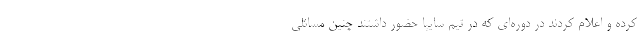
کرده و اعلام کردند در دوره‌ای که در تیم سایپا حضور داشتند چنین مسائلی